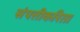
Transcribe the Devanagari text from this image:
संपत्तीकरिता